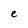
Character: e